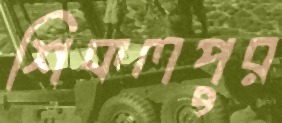
শিকলপুর